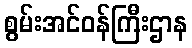
စွမ်းအင်ဝန်ကြီးဌာန